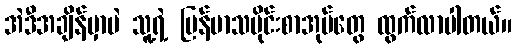
အဲဒီအချိန်မှာပဲ သူ့ရဲ့ မြန်မာသမိုင်းစာအုပ်တွေ ထွက်လာပါတယ်။